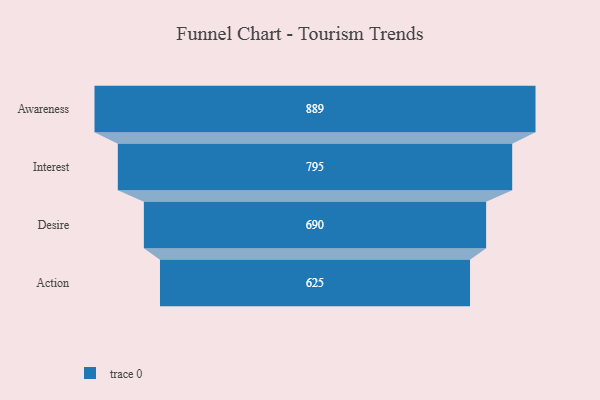
{"axis": {"x": "Stage", "y": "Value"}, "legend": [""], "data": [{"x": "Awareness", "y": 889.0, "type": ""}, {"x": "Interest", "y": 795.0, "type": ""}, {"x": "Desire", "y": 690.0, "type": ""}, {"x": "Action", "y": 625.0, "type": ""}]}